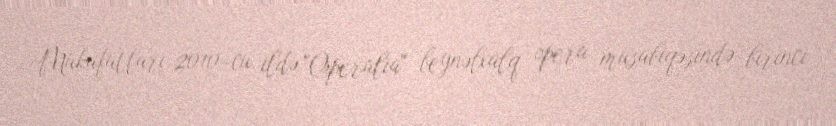
Mükafatları 2010-cu ildə "Operalia" beynəlxalq opera müsabiqəsində birinci